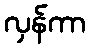
လှန်ကာ